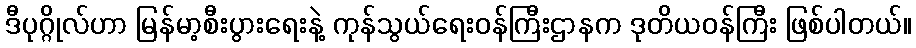
ဒီပုဂ္ဂိုလ်ဟာ မြန်မာ့စီးပွားရေးနဲ့ ကုန်သွယ်ရေးဝန်ကြီးဌာနက ဒုတိယဝန်ကြီး ဖြစ်ပါတယ်။